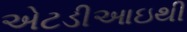
એટડીઆઇથી